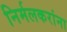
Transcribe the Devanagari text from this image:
निर्मलकरांना